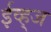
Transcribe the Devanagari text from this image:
ईव्ह्‌ज